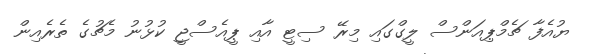
ޔުއެފާ ޗެމްޕިއަންސް ލީގްގައި މިރޭ ސިޓީ އާއި ޕީއެސްޖީ ކުޅުނު މެޗުގެ ތެރެއިން